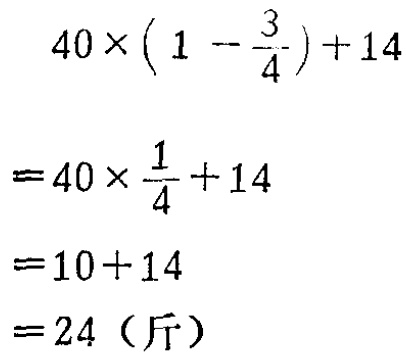
\[

\begin{align*}

&40\times\left(1 - \frac{3}{4}\right)+14\\

=&40\times\frac{1}{4}+14\\

=&10 + 14\\

=&24（\text{斤}）

\end{align*}

\]